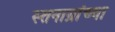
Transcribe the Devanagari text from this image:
स्तनाग्रांच्या